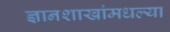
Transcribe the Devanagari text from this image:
ज्ञानशाखांमधल्या